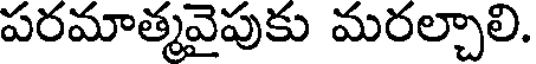
పరమాత్మవైపుకు మరల్చాలి.